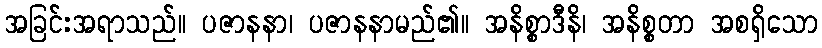
အခြင်းအရာသည်။ ပဇာနနာ၊ ပဇာနနာမည်၏။ အနိစ္စာဒီနိ၊ အနိစ္စတာ အစရှိသော